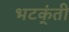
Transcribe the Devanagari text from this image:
भटक्ंती